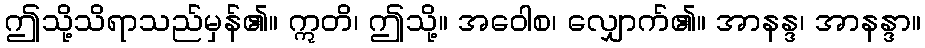
ဤသို့သိရာသည်မှန်၏။ ဣတိ၊ ဤသို့။ အဝေါစ၊ လျှောက်၏။ အာနန္ဒ၊ အာနန္ဒာ။